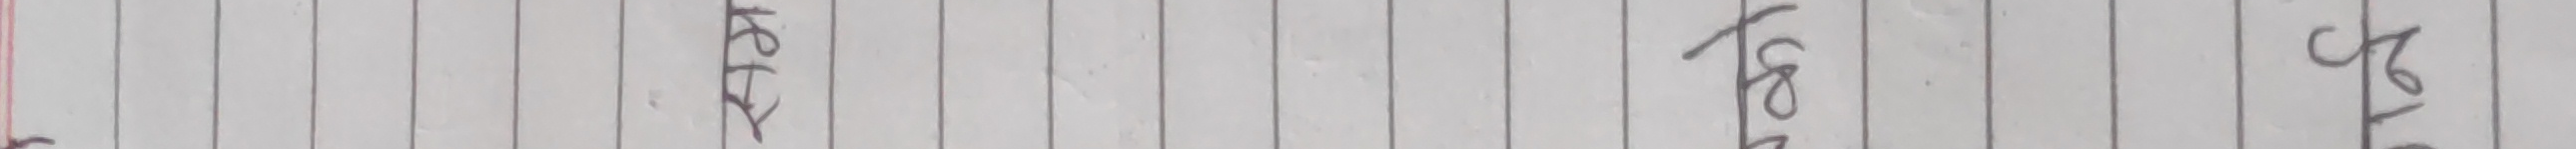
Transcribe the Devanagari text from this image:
सोम फेब्रुअरी केही